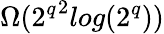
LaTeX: \Omega({2^{q}}^{2}log({2^{q}}))